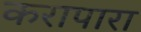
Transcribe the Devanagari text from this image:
करापारा